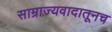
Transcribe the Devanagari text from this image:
साम्राज्यवादातूनच